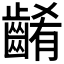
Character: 𪘱